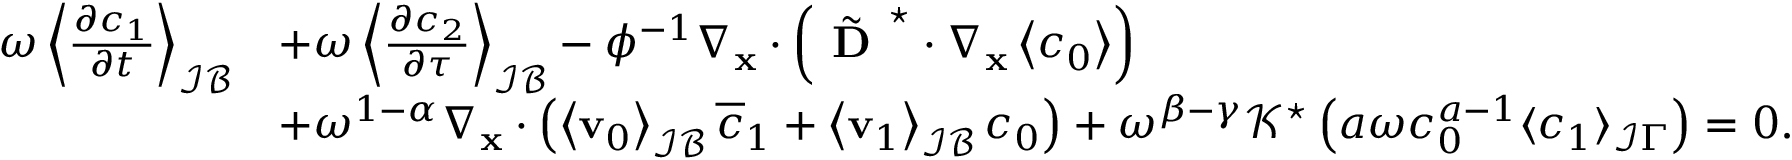
\begin{array} { r l } { \omega \left\langle \frac { \partial c _ { 1 } } { \partial t } \right\rangle _ { \mathcal { I B } } } & { + \omega \left\langle \frac { \partial c _ { 2 } } { \partial \tau } \right\rangle _ { \mathcal { I B } } - \phi ^ { - 1 } \nabla _ { \mathbf { x } } \cdot \left( \tilde { \textbf { D } } ^ { \star } \cdot \nabla _ { \mathbf x } \left\langle c _ { 0 } \right\rangle \right) } \\ & { + \omega ^ { 1 - \alpha } \nabla _ { \mathbf x } \cdot \left( \left\langle \mathbf v _ { 0 } \right\rangle _ { \mathcal { I B } } \overline { { c } } _ { 1 } + \left\langle \mathbf v _ { 1 } \right\rangle _ { \mathcal { I B } } c _ { 0 } \right) + \omega ^ { \beta - \gamma } \mathcal { K ^ { \star } } \left( a \omega c _ { 0 } ^ { a - 1 } \langle c _ { 1 } \rangle _ { \mathcal I \Gamma } \right) = 0 . } \end{array}